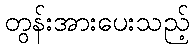
တွန်းအားပေးသည့်